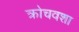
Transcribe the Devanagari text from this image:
क्रोचवशा